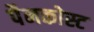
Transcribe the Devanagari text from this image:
पैनकोस्ट